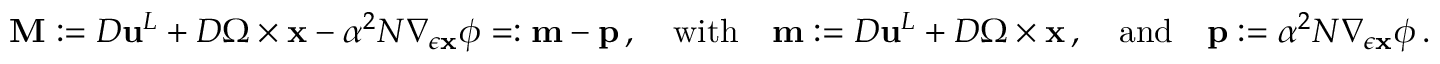
\mathbf { M } : = { D } { \mathbf { u } } ^ { L } + { D } \boldsymbol { \Omega } \times { \mathbf { x } } - \alpha ^ { 2 } N \nabla _ { \epsilon { \mathbf { x } } } \phi = : \mathbf { m } - \mathbf { p } \, , \quad \mathrm { w i t h } \quad \mathbf { m } : = { D } { \mathbf { u } } ^ { L } + { D } \boldsymbol { \Omega } \times { \mathbf { x } } \, , \quad \mathrm { a n d } \quad \mathbf { p } : = \alpha ^ { 2 } N \nabla _ { \epsilon { \mathbf { x } } } \phi \, .